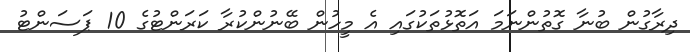
ދިރާގުން ބުނާ ގޮތުންނަމަ އަތޮޅުތަކުގައި އެ މީހުން ބޭނުންކުރާ ކަރަންޓުގެ 10 ޕަސަންޓު